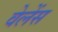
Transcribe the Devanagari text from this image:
वेलेंस